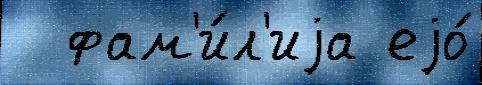
  фам'и́л'иjа еjо́